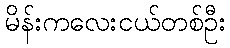
မိန်းကလေးငယ်တစ်ဦး